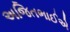
અજિતભાઈએ